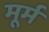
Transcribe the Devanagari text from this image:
मूर्म